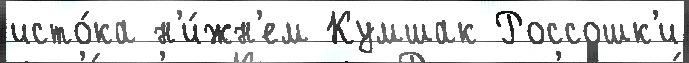
исто́ка н'и́жн'ем Кумшак Россошк'и